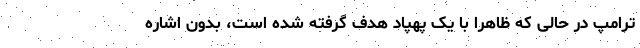
ترامپ در حالی که ظاهرا با یک پهپاد هدف گرفته شده است، بدون اشاره